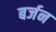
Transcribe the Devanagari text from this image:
बर्जन